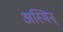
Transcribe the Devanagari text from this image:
अस्मिन्